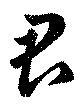
君